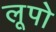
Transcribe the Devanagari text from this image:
लूपो